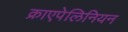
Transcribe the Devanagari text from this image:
क्राएपेलिनियन